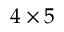
4 \times 5